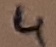
Text: 4